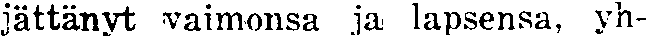
jättänyt vaimonsa ja lapsensa, yh-